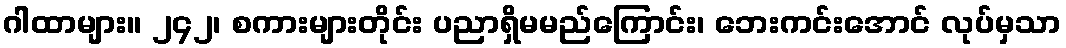
ဂါထာများ။ ၂၄၂၊ စကားများတိုင်း ပညာရှိမမည်ကြောင်း၊ ဘေးကင်းအောင် လုပ်မှသာ